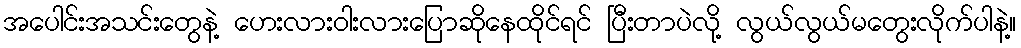
အပေါင်းအသင်းတွေနဲ့ ဟေးလားဝါးလားပြောဆိုနေထိုင်ရင် ပြီးတာပဲလို့ လွယ်လွယ်မတွေးလိုက်ပါနဲ့။